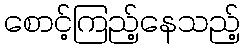
စောင့်ကြည့်နေသည့်